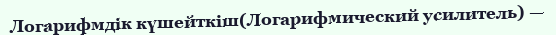
Логарифмдік күшейткіш(Логарифмический усилитель) —